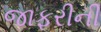
જાફરીની